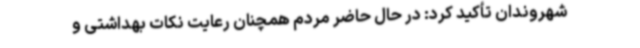
شهروندان تأکید کرد: در حال حاضر مردم همچنان رعایت نکات بهداشتی و